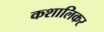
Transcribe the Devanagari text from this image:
कशालिकर